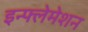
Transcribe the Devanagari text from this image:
इन्फ्लेमेशन